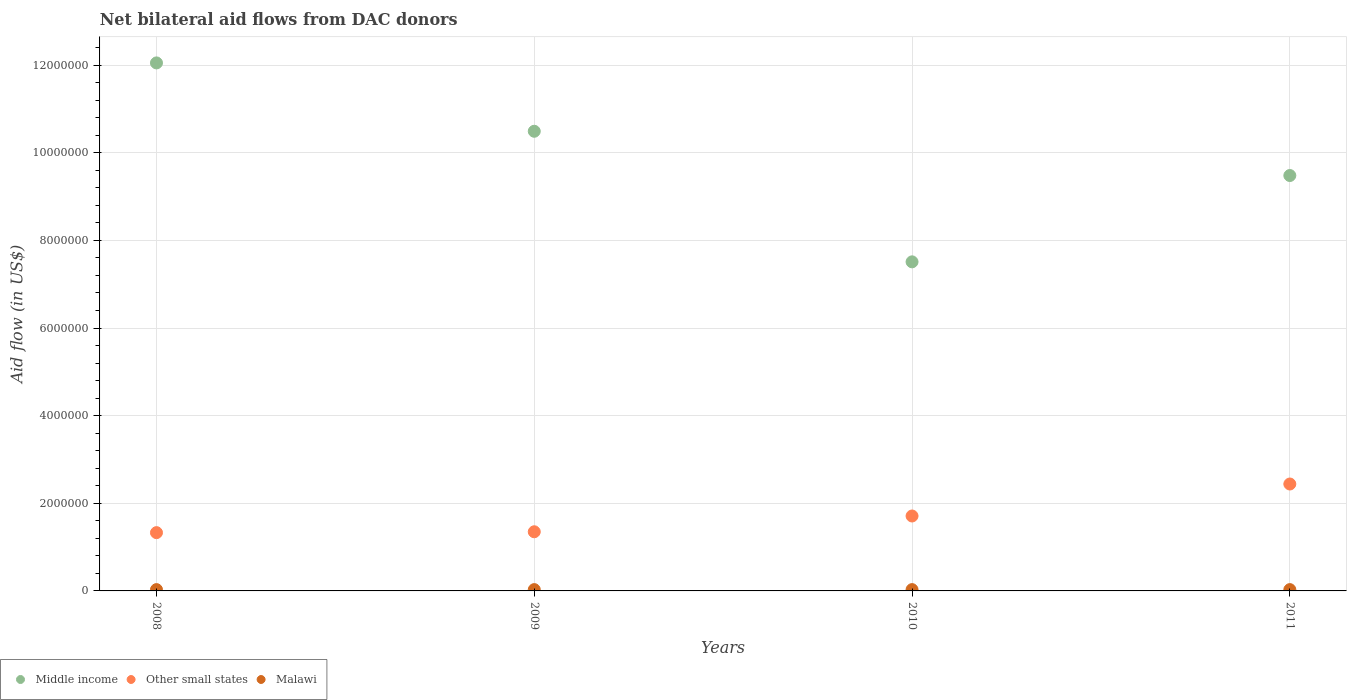
| Years | Middle income | Other small states | Malawi |
 | --- | --- | --- | --- |
 | 2008 | 1.20e+07 | 1.33e+06 | 3e+04 |
 | 2009 | 1.05e+07 | 1.35e+06 | 3e+04 |
 | 2010 | 7.51e+06 | 1.71e+06 | 3e+04 |
 | 2011 | 9.48e+06 | 2.44e+06 | 3e+04 |